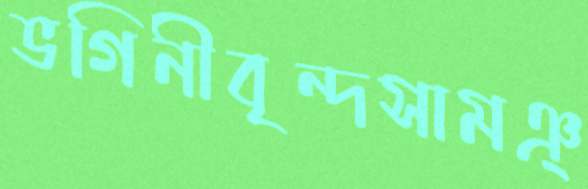
ভগিনীবৃন্দসামঞ্